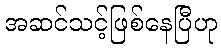
အဆင်သင့်ဖြစ်နေပြီဟု